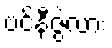
ဗင်နီဇွဲလား